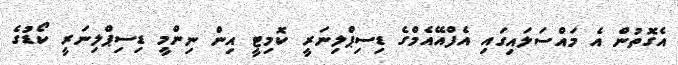
އެގޮތުން އެ މައްސަލައިގައި އެފްއޭއެމްގެ ޑިސިޕްލިނަރީ ކޮމިޓީ އިން ނިންމީ ޑިސިޕްލިނަރީ ކޯޑުގެ